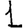
Digit: 1